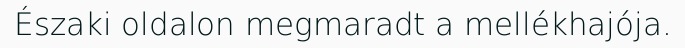
Északi oldalon megmaradt a mellékhajója.